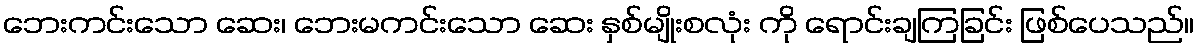
ဘေးကင်းသော ဆေး၊ ဘေးမကင်းသော ဆေး နှစ်မျိုးစလုံး ကို ရောင်းချကြခြင်း ဖြစ်ပေသည်။